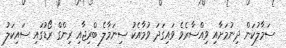
ސަމާލުކަން ދިނުމަށާއި ވިއްސާރެވެ ވައިގަދަ ވުމާއެކު ސިނަމާލެ ބްރިޖާއި ރިންގް ރޯޑުގައި ސައިކަލު